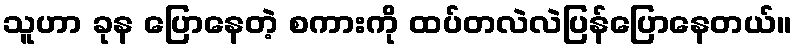
သူဟာ ခုန ပြောနေတဲ့ စကားကို ထပ်တလဲလဲပြန်ပြောနေတယ်။